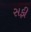
સફી